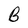
Character: B